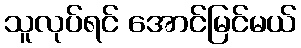
သူလုပ်ရင် အောင်မြင်မယ်